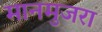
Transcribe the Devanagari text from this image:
मानमुजरा